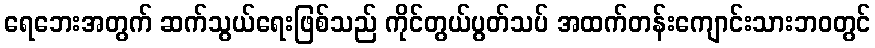
ရေဘေးအတွက် ဆက်သွယ်ရေးဖြစ်သည် ကိုင်တွယ်ပွတ်သပ် အထက်တန်းကျောင်းသားဘဝတွင်